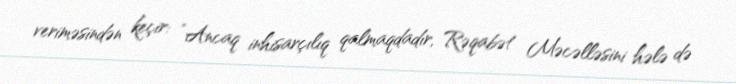
veriməsindən keçir: “Ancaq inhisarçılıq qalmaqdadır, Rəqabət Məcəlləsini hələ də